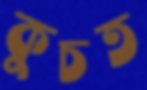
কুচত